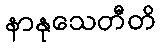
နာနုသေတီတိ